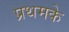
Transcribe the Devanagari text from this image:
प्रथमके